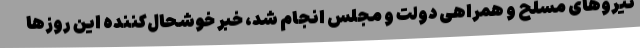
نیروهای مسلح و همراهی دولت و مجلس انجام شد، خبر خوشحال‌کننده این روزها